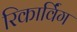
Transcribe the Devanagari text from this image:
रिकार्विंग